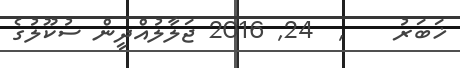
ޚަބަރު